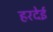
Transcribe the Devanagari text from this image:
हरदेई